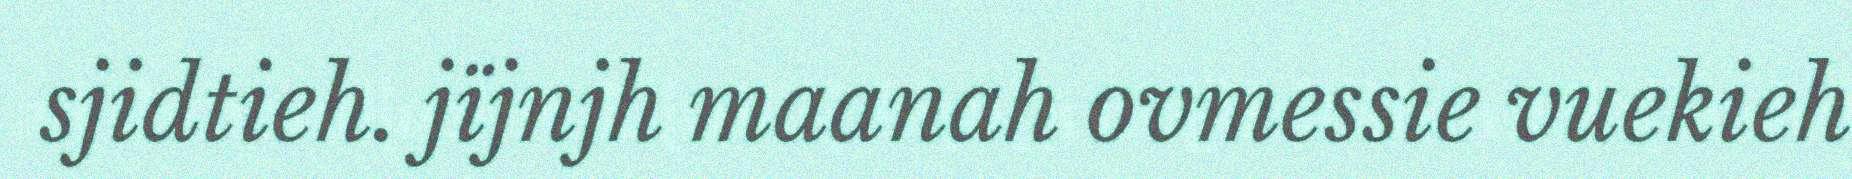
sjidtieh. jïjnjh maanah ovmessie vuekieh